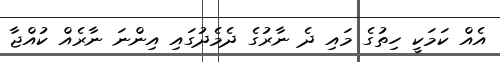
އެއް ކަމަކީ ހިތުގެ މައި ދެ ނާރުގެ ދެމެދުގައި އިންނަ ނާރެއް ކުއްޖާ